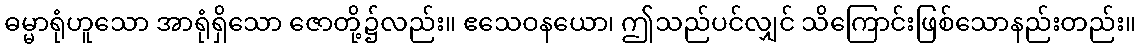
ဓမ္မာရုံဟူသော အာရုံရှိသော ဇောတို့၌လည်း။ ဧသေဝနယော၊ ဤသည်ပင်လျှင် သိကြောင်းဖြစ်သောနည်းတည်း။